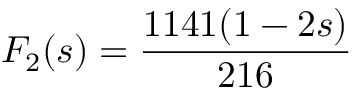
F _ { 2 } ( s ) = \frac { 1 1 4 1 ( 1 - 2 s ) } { 2 1 6 }